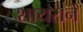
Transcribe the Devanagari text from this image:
शायराने